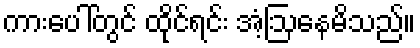
ကားပေါ်တွင် ထိုင်ရင်း အံ့ဩနေမိသည်။